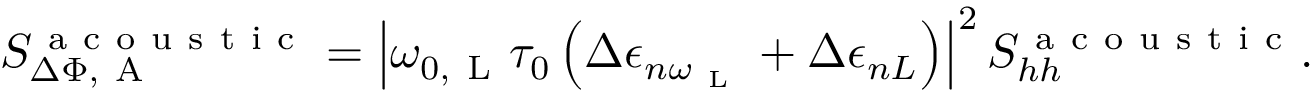
S _ { \Delta \Phi , \mathrm { ~ A ~ } } ^ { \mathrm { ~ a ~ c ~ o ~ u ~ s ~ t ~ i ~ c ~ } } = \left| \omega _ { 0 , \mathrm { ~ L ~ } } \tau _ { 0 } \left( \Delta \epsilon _ { n \omega _ { \mathrm { ~ L ~ } } } + \Delta \epsilon _ { n L } \right) \right| ^ { 2 } S _ { h h } ^ { \mathrm { ~ a ~ c ~ o ~ u ~ s ~ t ~ i ~ c ~ } } .